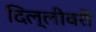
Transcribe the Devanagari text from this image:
दिल्लीवरी